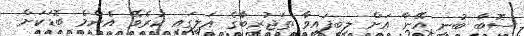
ސޮބާ ބުނީ އޭނާ އަށް ލިބިފައިވާ ތަޖުރިބާގެ އަލީގައި ކުރެވޭ އެންމެ ބޮޑަކަށް